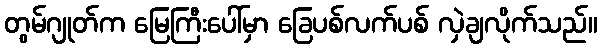
တွမ်ဂျုတ်က မြေကြီးပေါ်မှာ ခြေပစ်လက်ပစ် လှဲချလိုက်သည်။